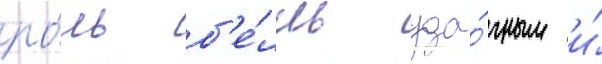
ро́ль б'е́лль уда́чным и́